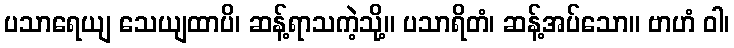
ပသာရေယျ သေယျထာပိ၊ ဆန့်ရာသကဲ့သို့။ ပသာရိတံ၊ ဆန့်အပ်သော။ ဗာဟံ ဝါ၊